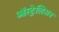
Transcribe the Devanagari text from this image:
ऑस्ट्रेलिअन